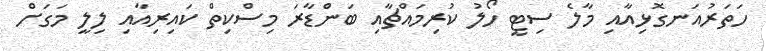
ހަތަރުއަނގޮޅިއާއި މާލެ ސިޓީ ހޯލު ކުރިމައްޗާއި ބަންޑާރަ މިސްކިތް ކައިރިއާއި ލިލީ މަގަށް